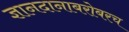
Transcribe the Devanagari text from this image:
ज्ञानदानाबरोबरच